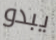
يبدو